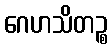
ဂေဟသိတဉ္စ